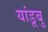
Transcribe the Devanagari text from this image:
यांडूबु